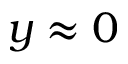
y \approx 0